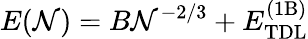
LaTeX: E(\mathcal{N})=B\mathcal{N}^{-2/3}+E_{\mathrm{{TDL}}}^{\mathrm{{(1B)}}}